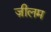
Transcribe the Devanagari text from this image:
ज़ीलम